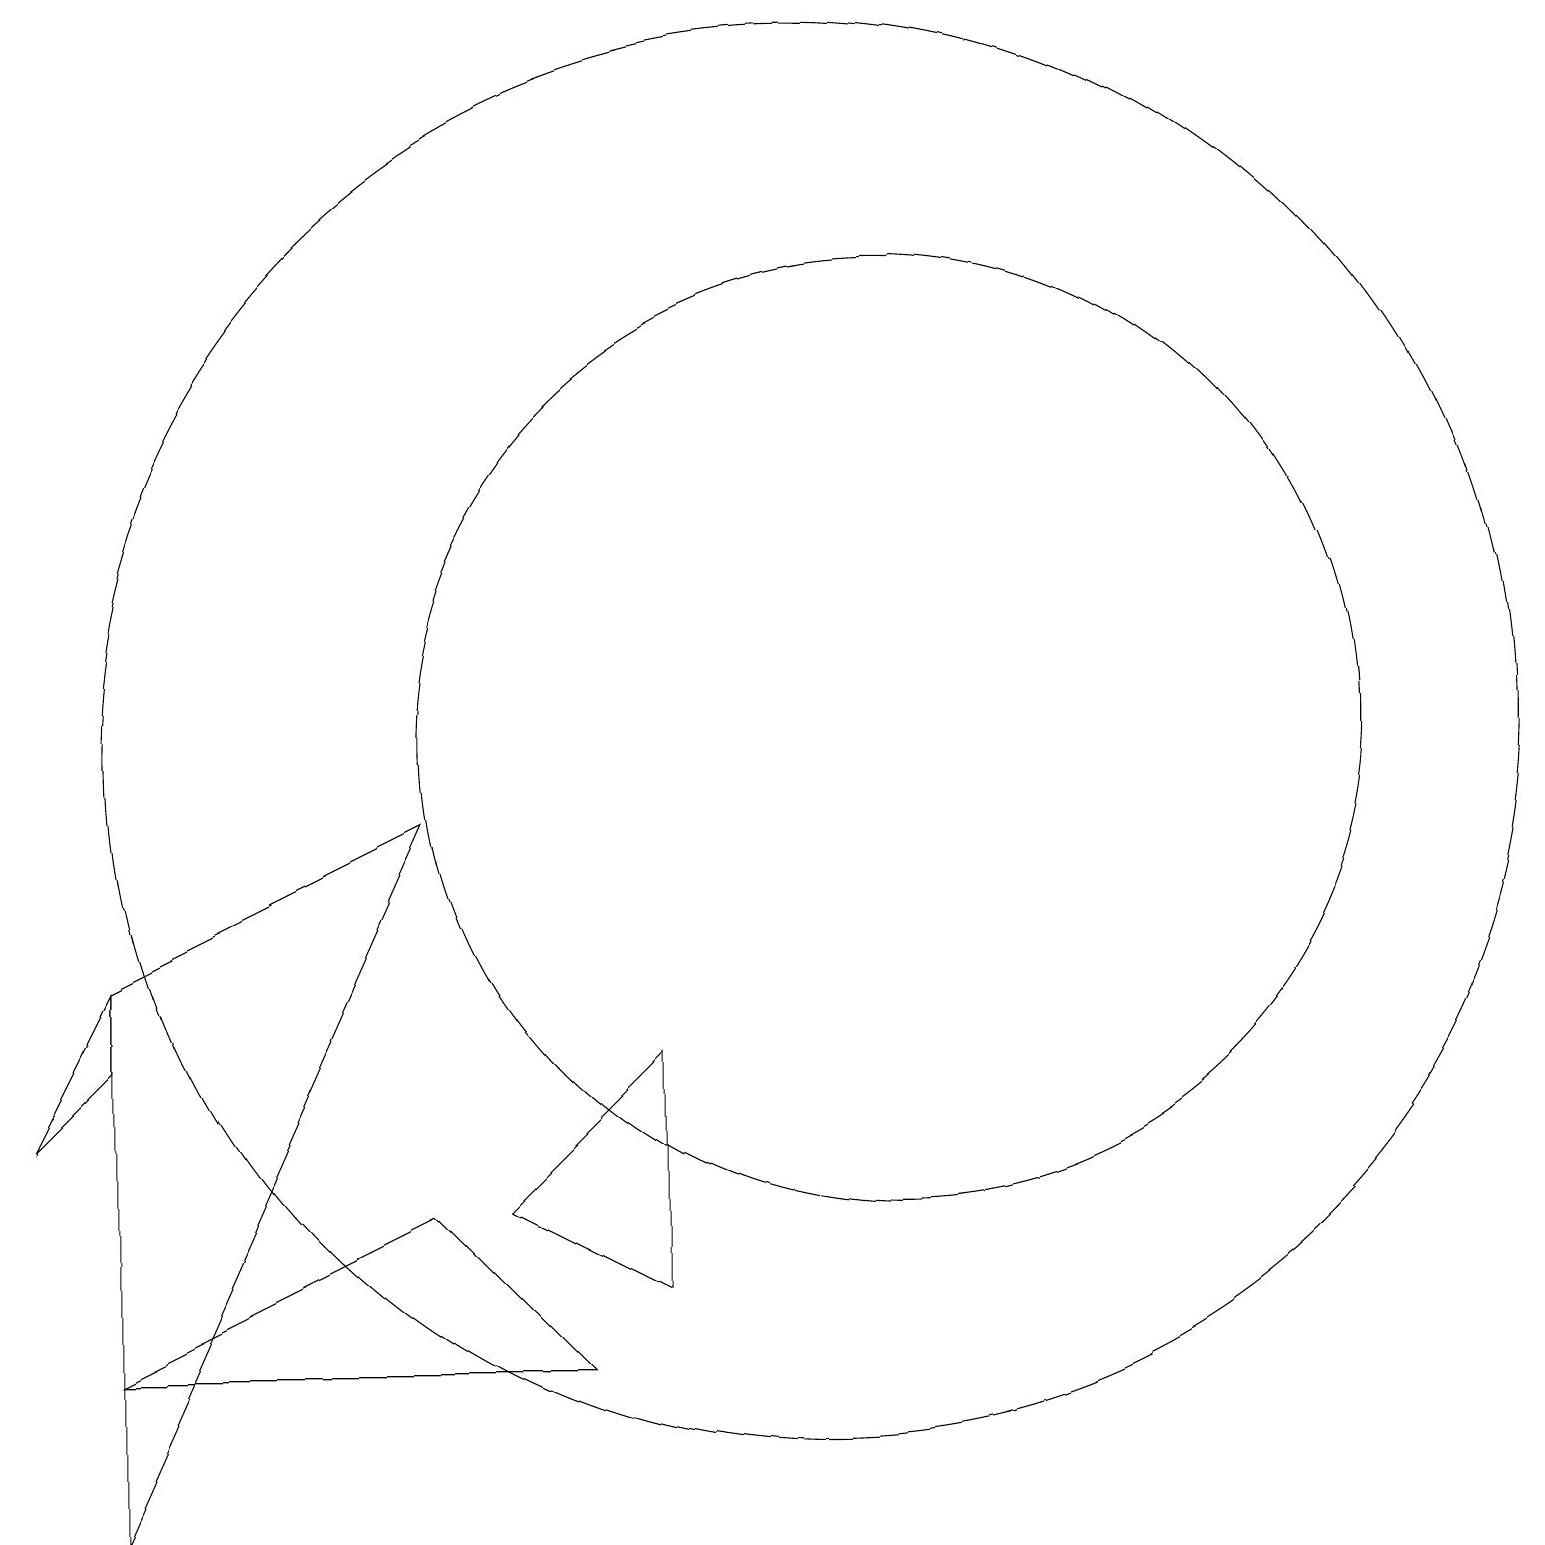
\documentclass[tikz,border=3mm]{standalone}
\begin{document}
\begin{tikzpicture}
\draw (1,6) -- (1,7) -- (0,5) -- cycle;
\draw (8,6) -- (8,3) -- (6,4) -- cycle;
\draw (10,10) circle (9);
\draw (1,7) -- (5,9) -- (1,0) -- cycle;
\draw (11,10) circle (6);
\draw (10,11) circle (0);
\draw (7,2) -- (1,2) -- (5,4) -- cycle;
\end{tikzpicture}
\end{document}